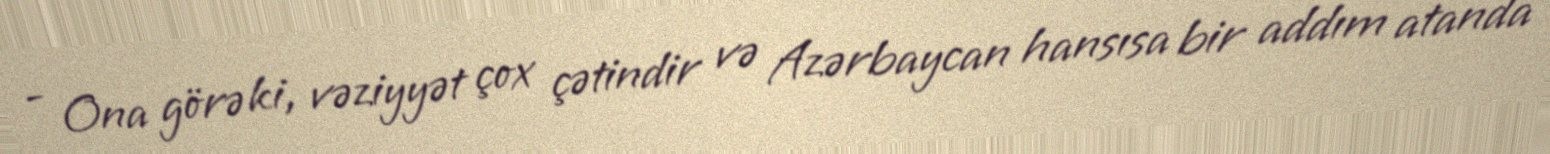
- Ona görə ki, vəziyyət çox çətindir və Azərbaycan hansısa bir addım atanda